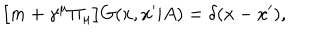
\bigl [ m + \gamma ^ { \mu } \Pi _ { \mu } \bigr ] G ( x , x ^ { \prime } | A ) = \delta ( x - x ^ { \prime } ) ,